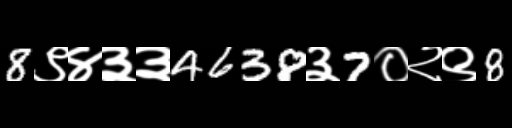
Text: 8९४३३4638३7०२९8